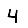
Digit: 4